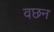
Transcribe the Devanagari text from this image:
वछन